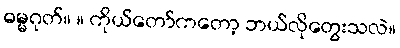
ဓမ္မဂုတ်။ ။ ကိုယ်တော်ကတော့ ဘယ်လိုတွေးသလဲ။